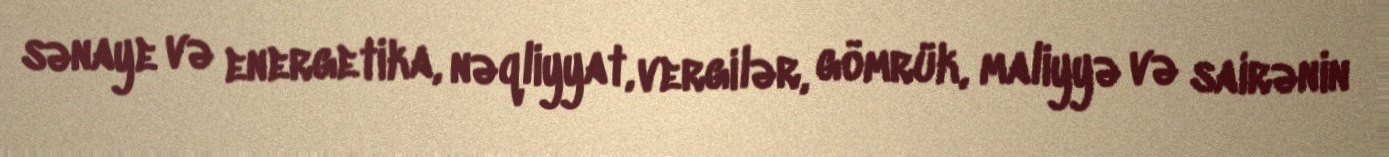
sənaye və energetika, nəqliyyat, vergilər, gömrük, maliyyə və sairənin